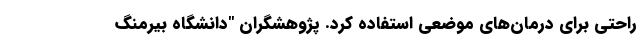
راحتی برای درمان‌های موضعی استفاده کرد. پژوهشگران "دانشگاه بیرمنگ